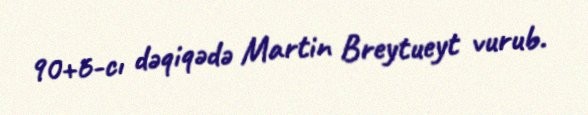
90+6-cı dəqiqədə Martin Breytueyt vurub.